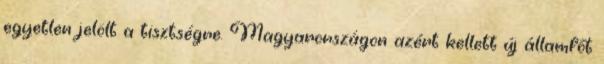
egyetlen jelölt a tisztségre. Magyarországon azért kellett új államfőt